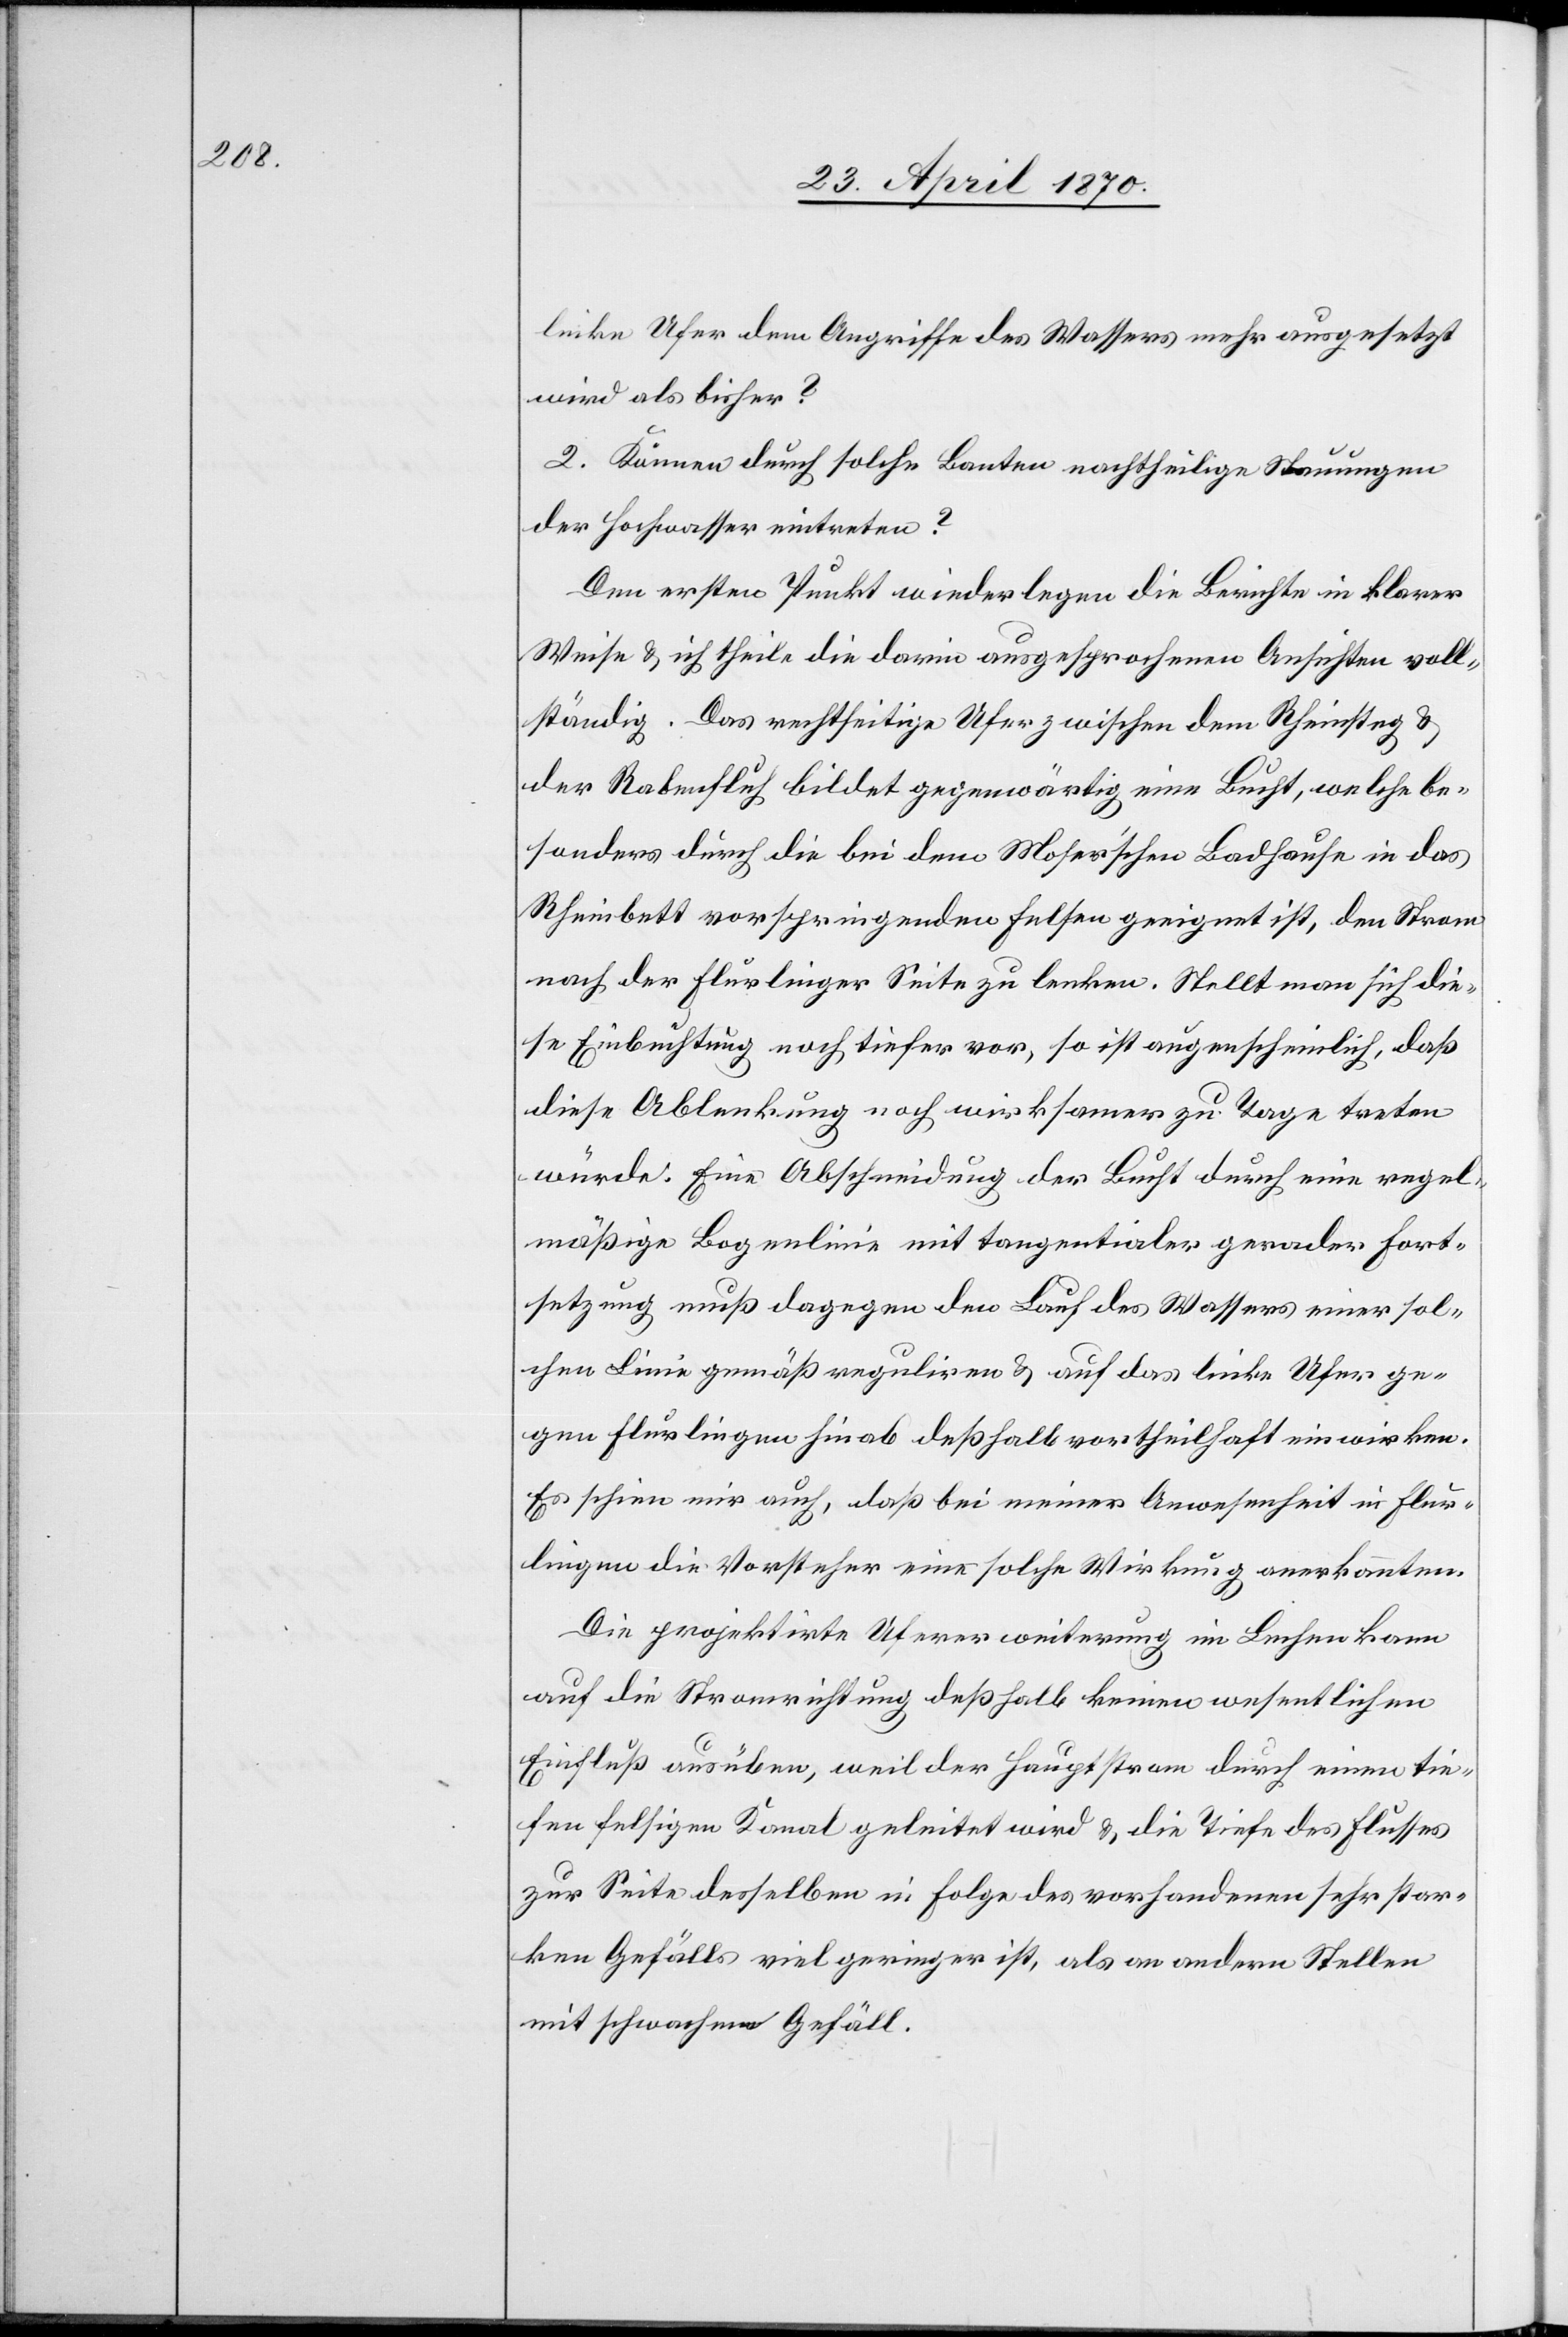
linke Ufer dem Angriffe des Wassers mehr ausgesetzt
wird als bisher?
2. Können durch solche Bauten nachtheilige Stauungen
der Hochwasser eintreten?
Den ersten Punkt wiederlegen die Berichte in klarer
Weise & ich theile die darin ausgesprochenen Ansichten voll¬
ständig. Das rechtseitige Ufer zwischen dem Rheinsteg &
der Rabenfluh bildet gegenwärtige eine Bucht, welche be¬
sonders durch die bei dem Moser’schen Badhause in das
Rheinbett vorspringenden Felsen geeignet ist, den Strom
nach der Flurlinger Seite zu lenken. Stellt man sich die¬
se Einbuchtung noch tiefer vor, so ist augenscheinlich, daß
diese Ablenkung noch wirksamer zu Tage treten
würde. Eine Abschneidung der Bucht durch eine regel¬
mäßige Bogenlinie mit tangentialer gerader Fort¬
setzung muß dagegen den Lauf des Wassers einer sol¬
chen Linie gemäß reguliren & auf das linke Ufer ge¬
gen Flurlingen hinab deßhalb vortheilhaft einwirken.
Es schien mir auch, daß bei meiner Anwesenheit in Flur¬
lingen die Vorsteher eine solche Wirkung anerkannten.
Die projektirte Ufererweiterung im Lechen kann
auf die Stromrichtung deßhalb keinen wesentlichen
Einfluß ausüben, weil der Hauptstrom durch einen tie¬
fen felsigen Kanal geleitet wird & die Tiefe des Flusses
zur Seite desselben in Folge des vorhandenen sehr star¬
ken Gefälls viel geringer ist, als an andern Stellen
mit schwachem Gefäll.